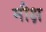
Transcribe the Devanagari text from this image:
मौक्ष